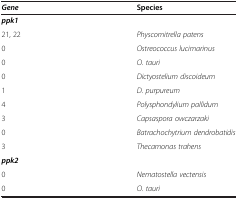
| Gene | Species |
 | --- | --- |
 | ppk1 |  |
 | 21, 22 | Physcomitrella patens |
 | 0 | Ostreococcus lucimarinus |
 | 0 | O. tauri |
 | 0 | Dictyostelium discoideum |
 | 1 | D. purpureum |
 | 4 | Polysphondylium pallidum |
 | 3 | Capsaspora owczarzaki |
 | 0 | Batrachochytrium dendrobatidis |
 | 3 | Thecamonas trahens |
 | ppk2 |  |
 | 0 | Nematostella vectensis |
 | 0 | O. tauri |